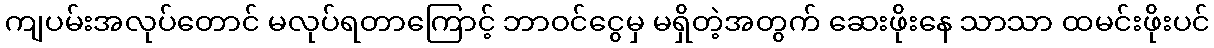
ကျပမ်းအလုပ်တောင် မလုပ်ရတာကြောင့် ဘာဝင်ငွေမှ မရှိတဲ့အတွက် ဆေးဖိုးနေ သာသာ ထမင်းဖိုးပင်